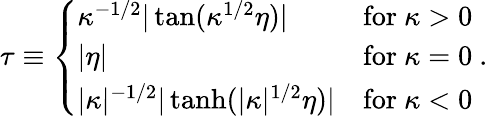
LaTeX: \tau\equiv\left\{ \begin{array}{ll}{{\kappa^{-1/2}|\tan(\kappa^{1/2}\eta)|}}&{{\mathrm{for}\ \kappa>0}}\\ {{|\eta|}}&{{\mathrm{for}\ \kappa=0}}\\ {{|\kappa|^{-1/2}|\operatorname{tanh}(|\kappa|^{1/2}\eta)|}}&{{\mathrm{for}\ \kappa<0}}\end{array}\right.\ .